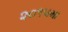
૨૦૧૫મા